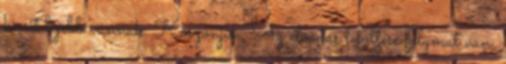
kicsit lejebb vannak. Köszönjük. Az előadás letöltése folymat van.